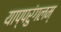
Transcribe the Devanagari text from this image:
याप्परुंगलम्